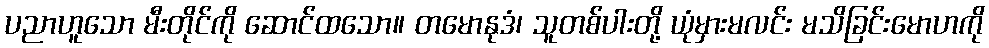
ပညာဟူသော မီးတိုင်ကို ဆောင်ထသော။ တမောနုဒံ၊ သူတစ်ပါးတို့ ယုံမှားမလင်း မသိခြင်းမောဟကို